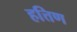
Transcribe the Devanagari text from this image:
हत्तिण